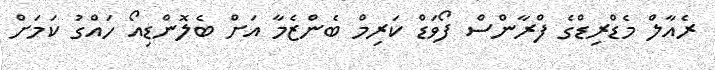
ރެއާލް މެޑްރިޑްގެ ފްރާންސް ފޯވަޑް ކަރިމް ބެންޒެމާ އަށް ބެލޮންޑިއޯ ހައްގު ކަމަށް